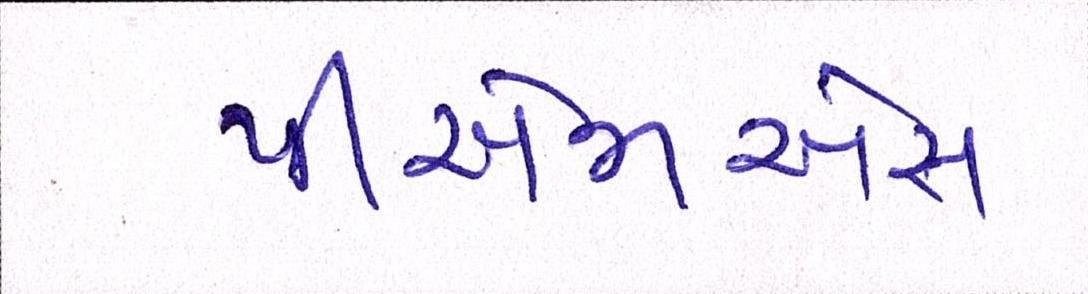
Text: પીએમએસ